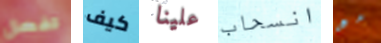
تفعل كيف علينا انسحاب مع